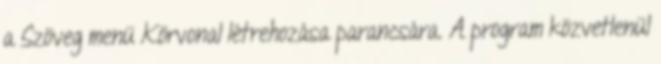
a Szöveg menü Körvonal létrehozása parancsára. A program közvetlenül